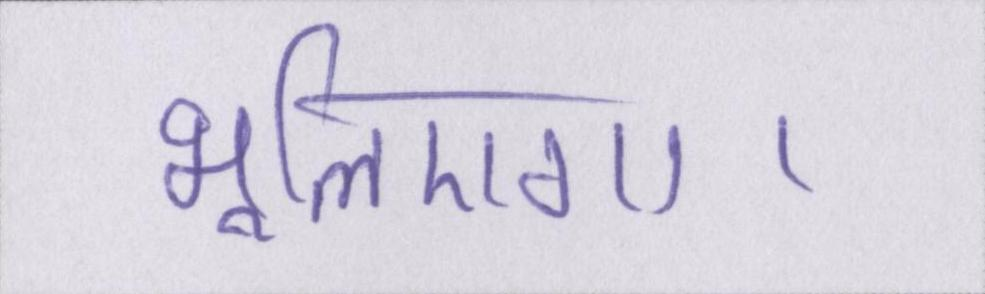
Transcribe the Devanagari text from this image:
भूलिएगा।